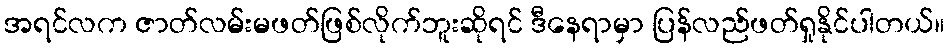
အရင်လက ဇာတ်လမ်းမဖတ်ဖြစ်လိုက်ဘူးဆိုရင် ဒီနေရာမှာ ပြန်လည်ဖတ်ရှုနိုင်ပါတယ်။